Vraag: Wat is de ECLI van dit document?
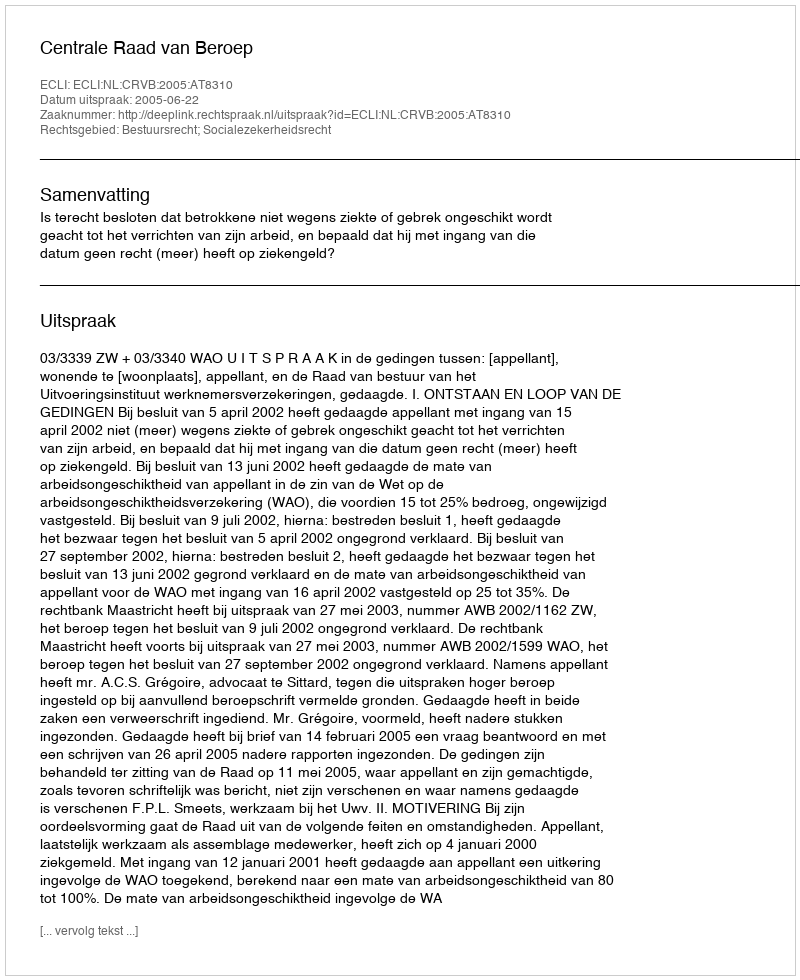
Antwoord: ECLI:NL:CRVB:2005:AT8310